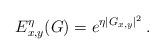
LaTeX: \begin{align*}E_{x,y}^{\eta} (G) &= e^{\eta |G_{x,y}|^2} \, .\end{align*}